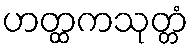
ဟတ္ထကသုတ္တံ